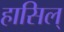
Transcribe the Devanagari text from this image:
हासिल्